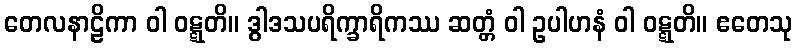
တေလနာဠိကာ ဝါ ဝဋ္ဋတိ။ ဒွါဒသပရိက္ခာရိကဿ ဆတ္တံ ဝါ ဥပါဟနံ ဝါ ဝဋ္ဋတိ။ ဧတေသု